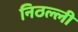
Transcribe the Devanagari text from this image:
निठल्ली